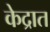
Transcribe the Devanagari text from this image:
केद्रात